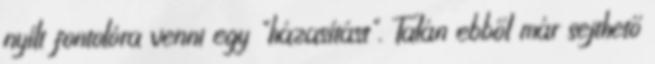
nyílt fontolóra venni egy "házasítást". Talán ebből már sejthető